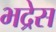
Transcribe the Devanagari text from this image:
भद्रेस